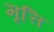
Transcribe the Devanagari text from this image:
मृत्ति